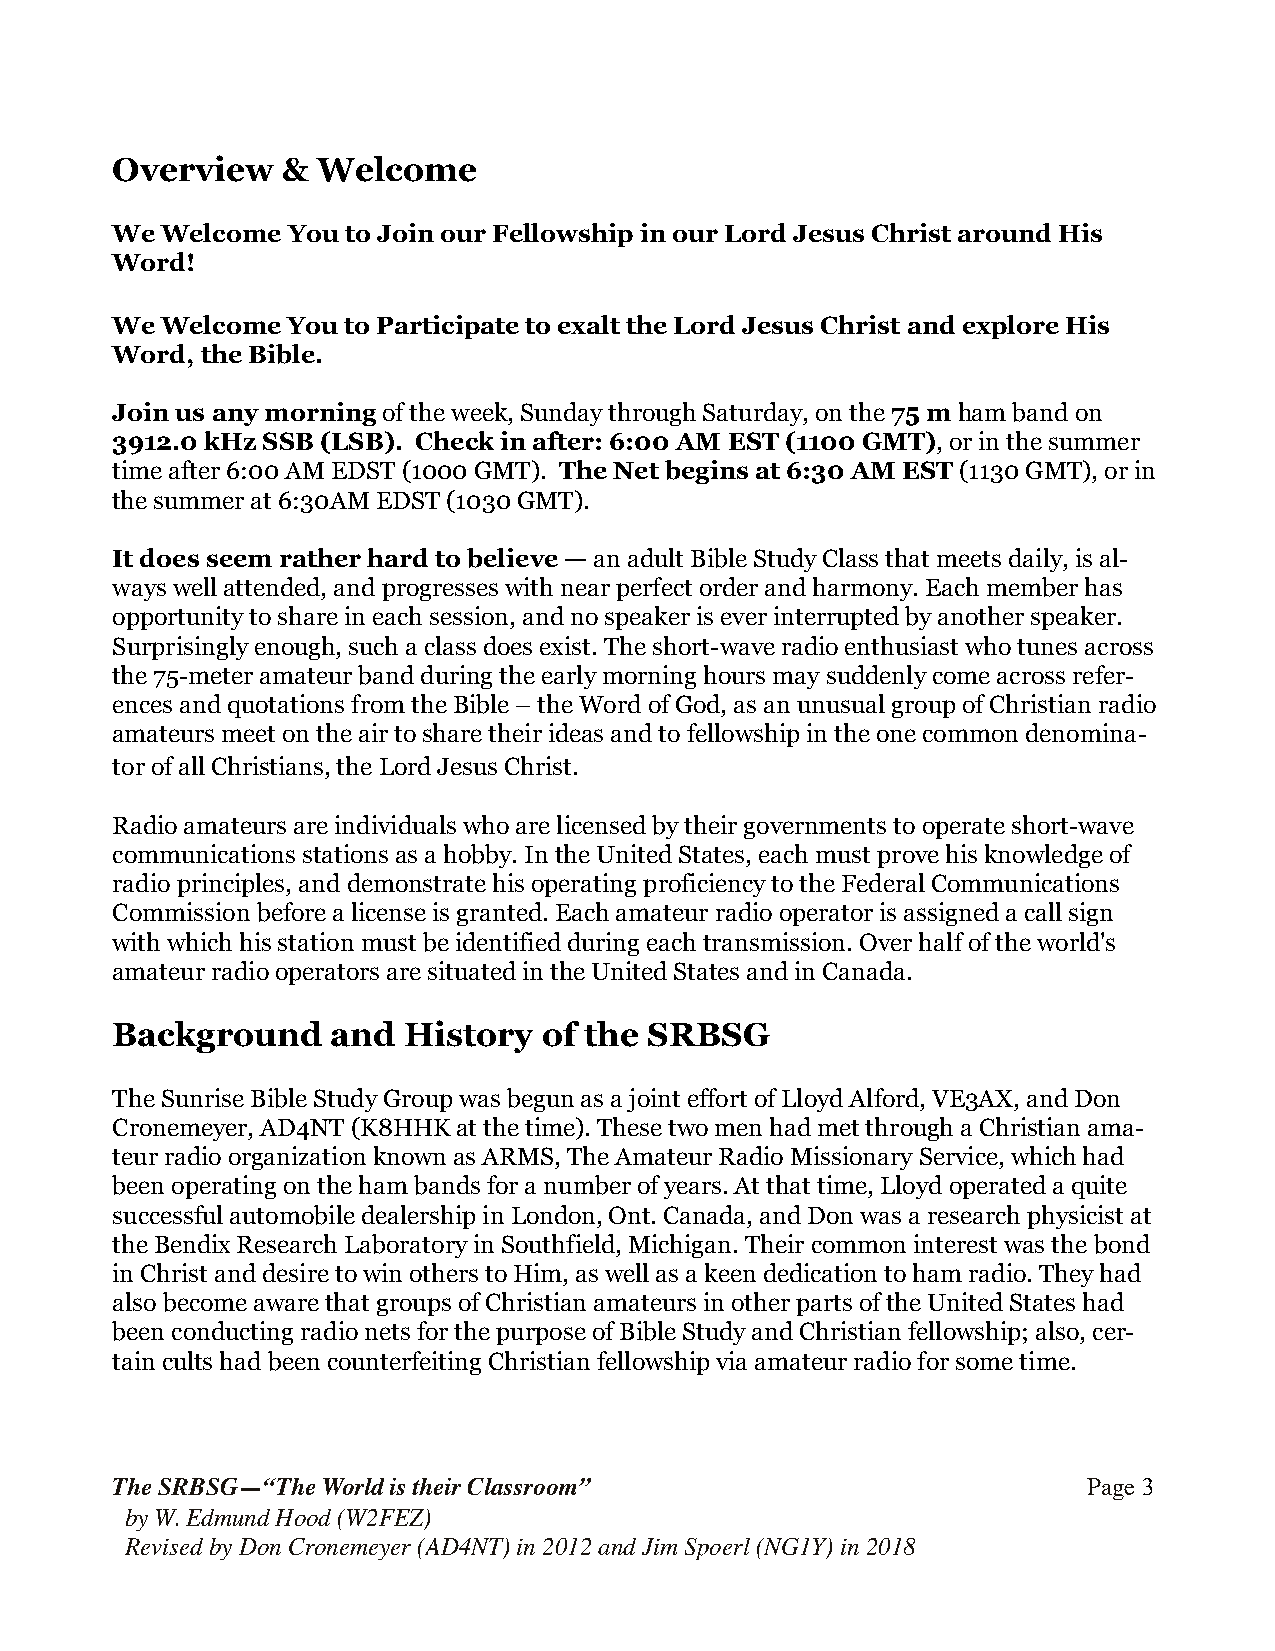
Overview    & Welcome
 We  Welcome You to Join our Fellowship in our Lord Jesus Christ around His
 Word!
 We  Welcome You to Participate to exalt the Lord Jesus Christ and explore His
 Word, the Bible.
 Join us any morning of the week, Sunday through Saturday, on the 75 m ham band on
 3912.0 kHz SSB (LSB). Check in after: 6:00 AM EST (1100 GMT), or in the summer
 time after 6:00 AM EDST (1000 GMT). The Net begins at 6:30 AM EST (1130 GMT), or in
 the summer at 6:30AM EDST (1030 GMT).
 It does seem rather hard to believe — an adult Bible Study Class that meets daily, is al-
 ways well attended, and progresses with near perfect order and harmony. Each member has
 opportunity to share in each session, and no speaker is ever interrupted by another speaker.
 Surprisingly enough, such a class does exist. The short-wave radio enthusiast who tunes across
 the 75-meter amateur band during the early morning hours may suddenly come across refer-
 ences and quotations from the Bible – the Word of God, as an unusual group of Christian radio
 amateurs meet on the air to share their ideas and to fellowship in the one common denomina-
 tor of all Christians, the Lord Jesus Christ.
 Radio amateurs are individuals who are licensed by their governments to operate short-wave
 communications stations as a hobby. In the United States, each must prove his knowledge of
 radio principles, and demonstrate his operating proficiency to the Federal Communications
 Commission before a license is granted. Each amateur radio operator is assigned a call sign
 with which his station must be identified during each transmission. Over half of the world's
 amateur radio operators are situated in the United States and in Canada.
 Background     and  History  of the SRBSG
 The Sunrise Bible Study Group was begun as a joint effort of Lloyd Alford, VE3AX, and Don
 Cronemeyer, AD4NT (K8HHK at the time). These two men had met through a Christian ama-
 teur radio organization known as ARMS, The Amateur Radio Missionary Service, which had
 been operating on the ham bands for a number of years. At that time, Lloyd operated a quite
 successful automobile dealership in London, Ont. Canada, and Don was a research physicist at
 the Bendix Research Laboratory in Southfield, Michigan. Their common interest was the bond
 in Christ and desire to win others to Him, as well as a keen dedication to ham radio. They had
 also become aware that groups of Christian amateurs in other parts of the United States had
 been conducting radio nets for the purpose of Bible Study and Christian fellowship; also, cer-
 tain cults had been counterfeiting Christian fellowship via amateur radio for some time.
 The SRBSG—“The World is their Classroom”                         Page !3
 by W. Edmund Hood (W2FEZ)
 Revised by Don Cronemeyer (AD4NT) in 2012 and Jim Spoerl (NG1Y) in 2018